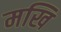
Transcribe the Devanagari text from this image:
मखि